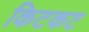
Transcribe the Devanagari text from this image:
किटकट